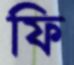
ফি